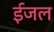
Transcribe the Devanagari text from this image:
ईजल